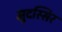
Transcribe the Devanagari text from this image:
मुदस्सिर